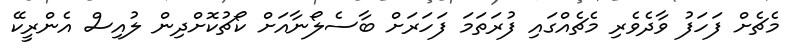
މެޗެށް ފަހަފު ވާދެވެރި މެޗެއްގައި ފުރަތަމަ ފަހަރަށް ބާސެލޯނާއަށް ކޯޗުކޮށްދިން ލުއިސް އެންރީކޭ